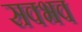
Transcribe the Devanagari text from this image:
सक्भव